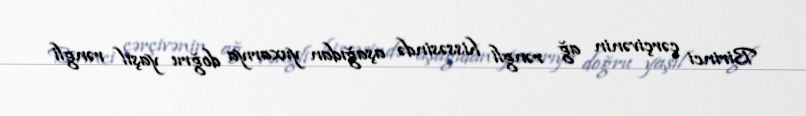
Birinci çərçivənin ağ rəngli hissəsində aşağıdan yuxarıya doğru yaşıl rəngli